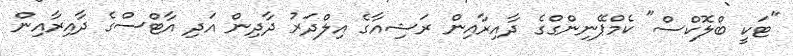
"ޓަކީ ބްލޮކްސް" ކެމްޕޭނިންގްގެ ދާއިރާއިން ރަޝިއާގެ އިލްދަރު ދާދިން އަދި އާޓްސްގެ ދާއިރާއިން